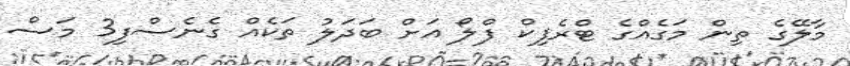
މާލޭގެ ތިން މަގެއްގެ ޓްރެފިކް ފްލޯ އަށް ބަދަލު ތަކެއް ގެނެސްފި3 މަސް